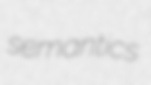
semantics